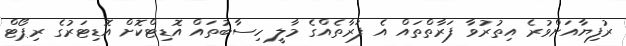
ރުފިޔާއަށްވުރެ އިތުރުވާ ފަރާތްތައް އެ ފަރާތެއްގެ މާލީ ހިސާބުތައް އޮޑިޓްކޮށް އޮޑިޓަރުގެ ރިޕޯޓް